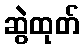
ဆွဲထုတ်